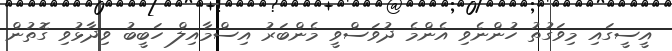
އީސީގައި މިވަގުތު ހުންނެވި އެންމެ ދުވަސްވީ މެންބަރު އިސްމާއިލް ހަބީބު ވިދާޅުވި ގޮތުން